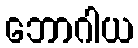
ဘောဂါယ